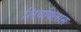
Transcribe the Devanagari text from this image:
शिवविलास